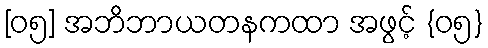
[၀၅] အဘိဘာယတနကထာ အဖွင့် {၀၅}